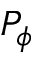
P _ { \phi }